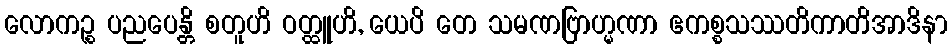
လောကဉ္စ ပညပေန္တိ စတူဟိ ဝတ္ထူဟိ, ယေပိ တေ သမဏဗြာဟ္မဏာ ဧကစ္စသဿတိကာတိအာဒိနာ